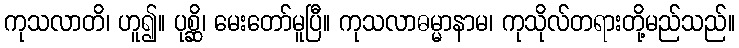
ကုသလာတိ၊ ဟူ၍။ ပုစ္ဆိ၊ မေးတော်မူပြီ။ ကုသလာဓမ္မာနာမ၊ ကုသိုလ်တရားတို့မည်သည်။